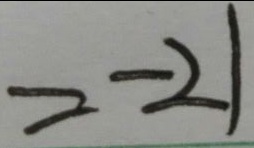
= - 2 1